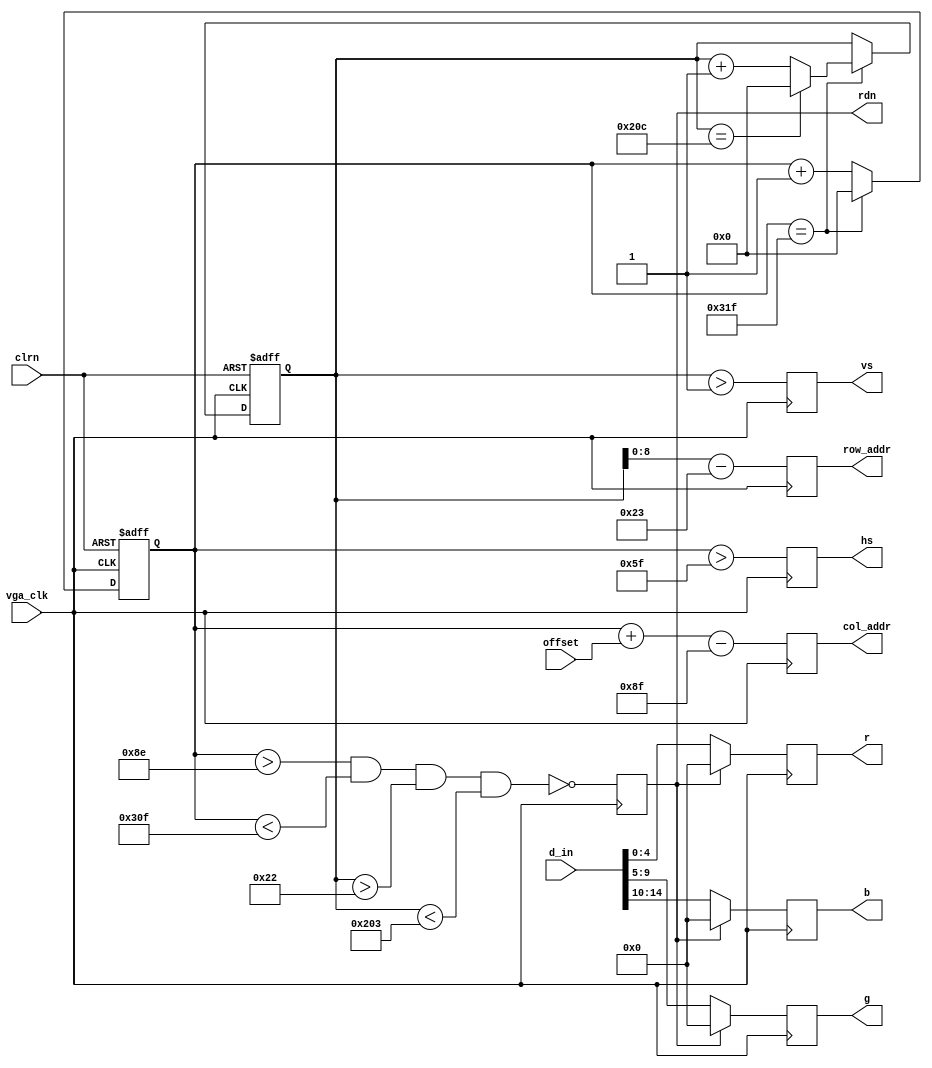
/************************************************
  The Verilog HDL code example is from the book
  Computer Principles and Design in Verilog HDL
  by Yamin Li, published by A JOHN WILEY & SONS
************************************************/
module vgac (vga_clk,clrn,d_in,row_addr,col_addr,rdn,r,g,b,hs,vs,offset);
    input     [14:0] d_in;     // rrrrr_ggggg_bbbbb, pixel
    input            vga_clk;  // 25MHz
    input            clrn;
    output reg [8:0] row_addr; // pixel ram row address, 480 (512) lines
    output reg [9:0] col_addr; // pixel ram col address, 640 (1024) pixels
    output reg [4:0] r,g,b;    // red, green, blue colors, 5-bit for each
    output reg       rdn;      // read pixel RAM (active low)
    output reg       hs,vs;    // horizontal and vertical synchronization
    input      [2:0] offset;
	 // h_count: vga horizontal counter (0-799 pixels)
    reg [9:0] h_count = 10'd0;
    always @ (posedge vga_clk or negedge clrn) begin
        if (!clrn) begin
            h_count <= 10'h0;
        end else if (h_count == 10'd799) begin // 800 pixels per line
            h_count <= 10'h0;
        end else begin 
            h_count <= h_count + 10'h1;
        end
    end
    // v_count: vga vertical counter (0-524 lines)
    reg [9:0] v_count = 10'd0;
    always @ (posedge vga_clk or negedge clrn) begin
        if (!clrn) begin
            v_count <= 10'h0;
        end else if (h_count == 10'd799) begin
            if (v_count == 10'd524) begin // 525 lines per frame
                v_count <= 10'h0;
            end else begin
                v_count <= v_count + 10'h1;
            end
        end
    end
    // signals, will be latched for outputs
    wire [9:0] row    =  v_count - 10'd35;     // ( 2+33= 35) pixel ram row address 
    wire [9:0] col    =  h_count + offset - 10'd143;    // (96+48=144) pixel ram col address 
    wire       h_sync = (h_count > 10'd95);    //  96 -> 799
    wire       v_sync = (v_count > 10'd1);     //   2 -> 524
    wire       read   = (h_count > 10'd142) && // 143 -> 782 =
                        (h_count < 10'd783) && //              640 pixels
                        (v_count > 10'd34)  && //  35 -> 514 =
                        (v_count < 10'd515);   //              480 lines
    // vga signals
    always @ (posedge vga_clk) begin           // posedge orginal
        row_addr <=  row[8:0];                 // pixel ram row address
        col_addr <=  col;                      // pixel ram col address
        rdn      <= ~read;                     // read pixel (active low)
        hs       <=  h_sync;                   // horizontal synch
        vs       <=  v_sync;                   // vertical   synch
        r        <=  rdn ? 5'h0 : d_in[4:0]; // 5-bit red
        g        <=  rdn ? 5'h0 : d_in[9:5]; // 5-bit green
        b        <=  rdn ? 5'h0 : d_in[14:10]; // 5-bit blue
    end
endmodule